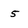
Character: 5